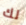
لك